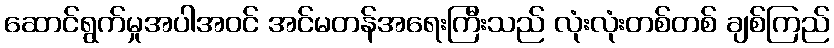
ဆောင်ရွက်မှုအပါအဝင် အင်မတန်အရေးကြီးသည် လုံးလုံးတစ်တစ် ချစ်ကြည်